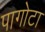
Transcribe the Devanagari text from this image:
पागोटा